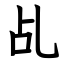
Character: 乩